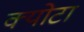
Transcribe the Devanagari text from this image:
क्योटा